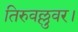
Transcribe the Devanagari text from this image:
तिरुवल्लुवर।